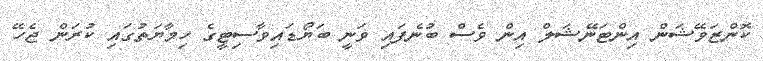
ކޮންޒަވޭޝަން އިންޓަނޭޝަލް އިން ވެސް ބުނެފައި ވަނީ ބަޔޯޑައިވާސިޓީގެ ހިމާޔަތުގައި ކުރަން ޖެހޭ